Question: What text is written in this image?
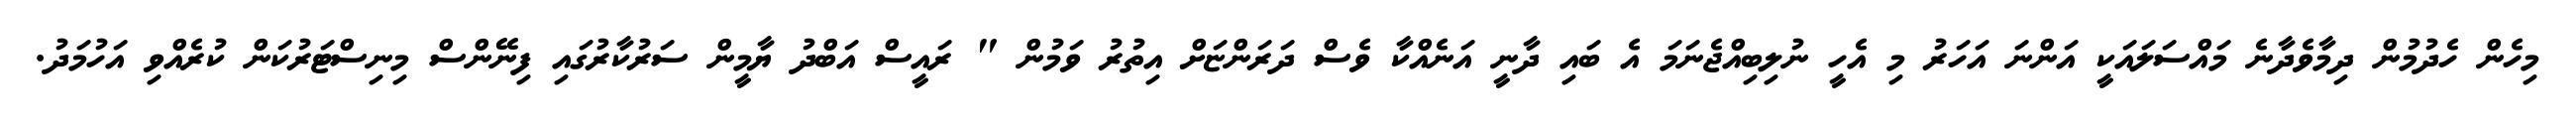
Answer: މިހެން ހެދުމުން ދިމާވެދާނެ މައްސަލައަކީ އަންނަ އަހަރު މި އެހީ ނުލިބިއްޖެނަމަ އެ ބައި ދާނީ އަނެއްކާ ވެސް ދަރަންޏަށް އިތުރު ވަމުން " ރައީސް އަބްދު ޔާމީން ސަރުކާރުގައި ފިނޭންސް މިނިސްޓަރުކަން ކުރެއްވި އަހުމަދު.